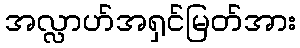
အလ္လာဟ်အရှင်မြတ်အား